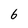
Character: 6